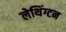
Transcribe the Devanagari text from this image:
लेथिंग्टन